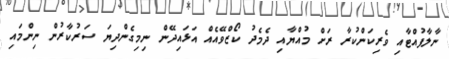
ނާލާފުއްޓާއި ވެރިކަންކުރާ ރަށް މުއްޔާއި ދެމެދު ކޯޒްވޭއެއް އަޅައިދޭން ނިމިގެންދިޔަ ސަރުކާރުން ނިންމައި